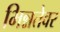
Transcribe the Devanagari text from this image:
भिन्नतेवर